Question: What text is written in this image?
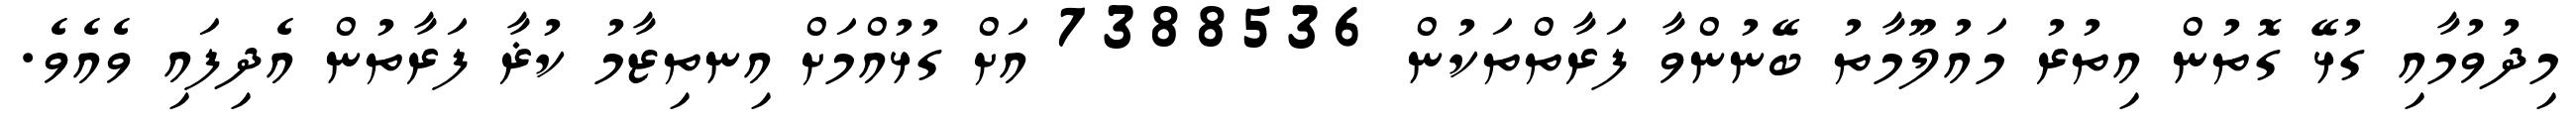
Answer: މިދުވުމާއި ގުޅޭ ގޮތުން އިތުރު މައުލޫމާތު ބޭނުންވާ ފަރާތްތަކުން 7388536 އަށް ގުޅުއްމަށް އިނތިޒާމު ކުޜާ ފަރާތުން އެދިފައި ވެއެވެ.